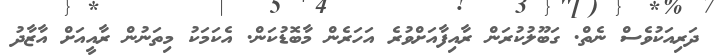
ދަރިއަކުވެސް ނެތް. ގަބޫލުކުރަން ރާއިފާއަށްވުރެ އަހަރެން މާބޮޑުކަން. އެކަމަކު މިތަނުން ރާއީއަށް އާޒާދު